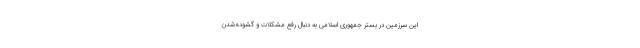
این سرزمین در بستر جمهوری اسلامی به دنبال رفع مشکلات و گشوده‌شدن